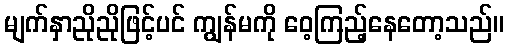
မျက်နှာညိုညိုဖြင့်ပင် ကျွန်မကို ဝေ့ကြည့်နေတော့သည်။